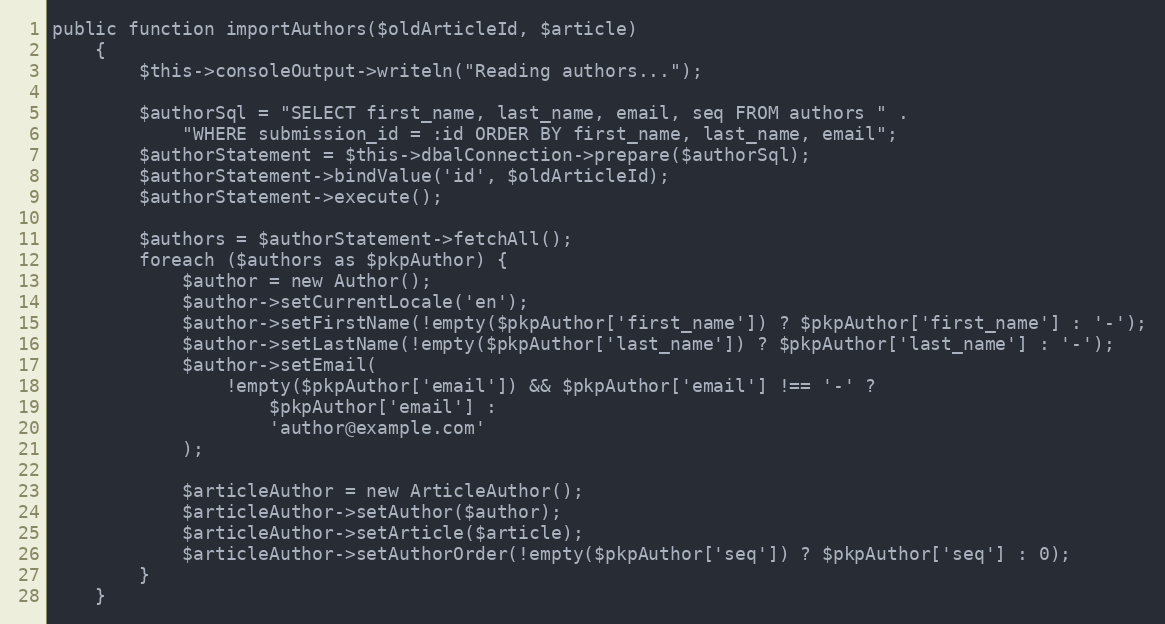
Language: PHP
public function importAuthors($oldArticleId, $article)
    {
        $this->consoleOutput->writeln("Reading authors...");

        $authorSql = "SELECT first_name, last_name, email, seq FROM authors " .
            "WHERE submission_id = :id ORDER BY first_name, last_name, email";
        $authorStatement = $this->dbalConnection->prepare($authorSql);
        $authorStatement->bindValue('id', $oldArticleId);
        $authorStatement->execute();

        $authors = $authorStatement->fetchAll();
        foreach ($authors as $pkpAuthor) {
            $author = new Author();
            $author->setCurrentLocale('en');
            $author->setFirstName(!empty($pkpAuthor['first_name']) ? $pkpAuthor['first_name'] : '-');
            $author->setLastName(!empty($pkpAuthor['last_name']) ? $pkpAuthor['last_name'] : '-');
            $author->setEmail(
                !empty($pkpAuthor['email']) && $pkpAuthor['email'] !== '-' ?
                    $pkpAuthor['email'] :
                    'author@example.com'
            );

            $articleAuthor = new ArticleAuthor();
            $articleAuthor->setAuthor($author);
            $articleAuthor->setArticle($article);
            $articleAuthor->setAuthorOrder(!empty($pkpAuthor['seq']) ? $pkpAuthor['seq'] : 0);
        }
    }